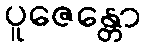
ပူဇေန္တော